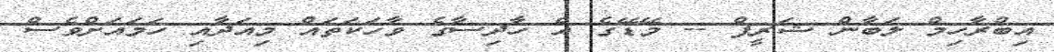
އިބްރާހިމް ލަބާން ޝަރީފް -- މޭޑޭގެ އެ ހާދިސާގެ ވާހަކަތައް މިއަދާއި ހަމައަށްވެސް